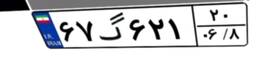
۴۸گ۶۴۰۸۸